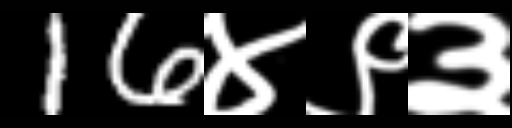
Text: 16४९३